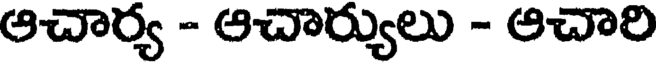
ఆచార్య - ఆచార్యులు - ఆచారి